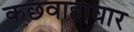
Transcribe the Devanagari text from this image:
कछवाहाघार